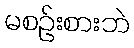
မစဉ်းစားဘဲ